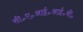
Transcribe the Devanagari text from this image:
सी॰ए॰आई॰आई॰बी॰